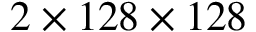
2 \times 1 2 8 \times 1 2 8